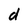
Character: d